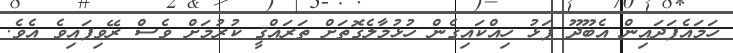
ހަމައެފަދައިން އެބޫދޫ ފަޅު ހިއްކައިގެން ހުޅުމާލެގޮތަށް ތަރައްޤީ ކުރުމަށް ވެސް ރޭވިފައިވެ އެވެ.